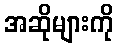
အဆိုများကို